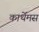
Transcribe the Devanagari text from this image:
कार्थेमस